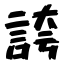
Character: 誇